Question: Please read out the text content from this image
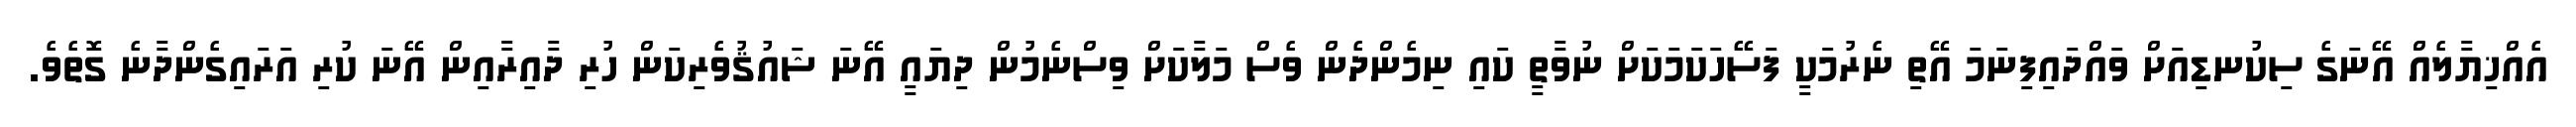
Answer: އެއްޚިޔާލެއް އޭނަގެ ސިކުނޑިއަށް ވައްދައިފިނަމަ އޭތި ނެރުމަކީ ފަސޭހަކަމަކަށް ނުވާތީ ކައި ނިމެންދެން ވެސް މަލާކަށް ވިސްނެމުން ދިޔައީ އޭނަ ޝައުޤުވެރިކަން ހުރި ދާއިރާއިން އޭނަ ކުރި އަރައިގެންދާނެ ގޮތެވެ.